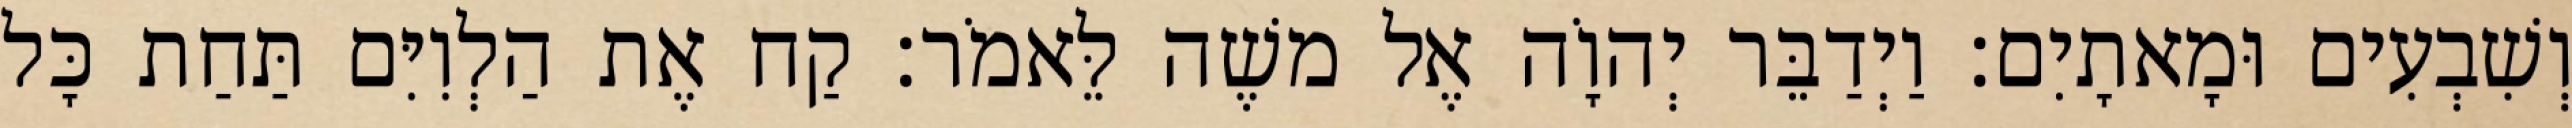
וְשִׁבְעִים וּמָאתָיִם׃ וַיְדַבֵּר יְהוָֹה אֶל משֶׁה לֵּאמֹר׃ קַח אֶת הַלְוִיִּם תַּחַת כָּל